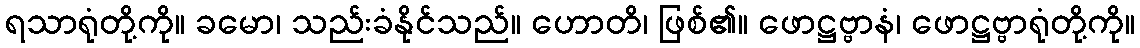
ရသာရုံတို့ကို။ ခမော၊ သည်းခံနိုင်သည်။ ဟောတိ၊ ဖြစ်၏။ ဖောဋ္ဌဗ္ဗာနံ၊ ဖောဋ္ဌဗ္ဗာရုံတို့ကို။